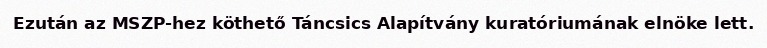
Ezután az MSZP-hez köthető Táncsics Alapítvány kuratóriumának elnöke lett.